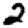
Digit: 2